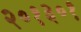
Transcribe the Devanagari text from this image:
२०१३०१